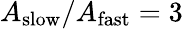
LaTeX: A_{\mathrm{slow}}/A_{\mathrm{fast}}=3